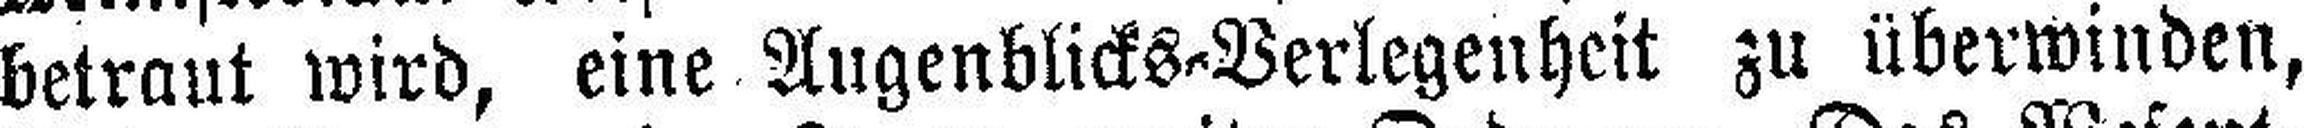
betraut wird, eine Augenblicks=Verlegenheit zu überwinden,